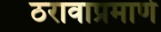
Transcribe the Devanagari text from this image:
ठरावाप्रमाणे